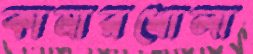
কামারখোলা